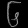
Digit: ၆